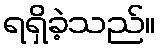
ရရှိခဲ့သည်။